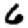
Digit: 6